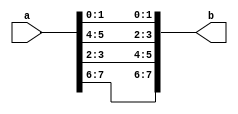
`timescale 1ns / 1ps

//////////////////////////////////////////////////////////////////////////////////
// Company: 
// Engineer: 
// 
// Design Name: 
// Module Name:    MatrixMultiplier 
// Project Name: 
// Target Devices: 
// Tool versions: 
// Description: 
//
// Dependencies: 
//
// Revision: 
// Revision 0.01 - File Created
// Additional Comments: 
//
//////////////////////////////////////////////////////////////////////////////////

// Description: transposes a matrix of size MxN with DATA_WIDTH bits for each position
module transpose #(	parameter M=2, parameter N=2,	parameter DATA_WIDTH=2)
	(	
		input  [N*M*DATA_WIDTH-1:0] a, //input matrix
		output [N*M*DATA_WIDTH-1:0] b //transposed matrix
	);
	 

	
	wire [DATA_WIDTH-1:0] Amat [0:M-1][0:N-1]; //Matrix form of the input
	wire [DATA_WIDTH-1:0] Bmat [0:N-1][0:M-1]; //Matrix form of the output
	
	genvar i,j;
	
	//Converts the input to a matrix form
	generate
		for (i = 0; i < M; i = i + 1) begin: loop1
			for (j = 0; j < N; j = j + 1) begin: loop2
					assign Amat[i][j]=a[M*N*DATA_WIDTH-N*i*DATA_WIDTH-j*DATA_WIDTH-1:M*N*DATA_WIDTH-N*i*DATA_WIDTH-j*DATA_WIDTH-DATA_WIDTH];
			end
		end
	endgenerate
	
	// Computes the transpose
	generate
		for (i = 0; i < M; i = i + 1) begin: loop3
			for (j = 0; j < N; j = j + 1) begin: loop4
					assign Bmat[j][i]=Amat[i][j];
			end
		end
	endgenerate
	
	// Converts the transpose to a matrix form
	generate
		for (i = 0; i < N; i = i + 1) begin: loop5
			for (j = 0; j < M; j = j + 1) begin: loop6
					assign b[M*N*DATA_WIDTH-M*i*DATA_WIDTH-j*DATA_WIDTH-1:M*N*DATA_WIDTH-M*i*DATA_WIDTH-j*DATA_WIDTH-DATA_WIDTH]=Bmat[i][j];
			end
		end
	endgenerate
	
	
endmodule